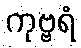
ကုဗ္ဗရံ